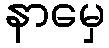
နာမှေ